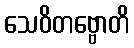
သေဝိတဗ္ဗောတိ